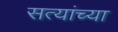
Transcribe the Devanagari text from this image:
सत्यांच्या